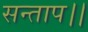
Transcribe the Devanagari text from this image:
सन्‍ताप।।